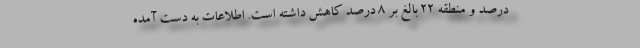
درصد و منطقه ۲۲ بالغ بر ۸ درصد کاهش داشته است. اطلاعات به دست آمده